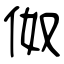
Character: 伮